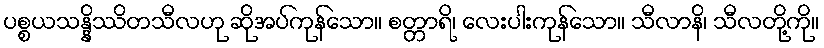
ပစ္စယသန္နိဿိတသီလဟု ဆိုအပ်ကုန်သော။ စတ္တာရိ၊ လေးပါးကုန်သော။ သီလာနိ၊ သီလတို့ကို။